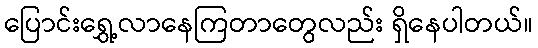
ပြောင်းရွှေ့လာနေကြတာတွေလည်း ရှိနေပါတယ်။